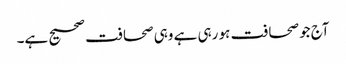
آج جو صحافت ہو رہی ہے وہی صحافت صحیح ہے۔